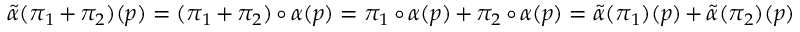
\tilde { \alpha } ( \pi _ { 1 } + \pi _ { 2 } ) ( p ) = ( \pi _ { 1 } + \pi _ { 2 } ) \circ \alpha ( p ) = \pi _ { 1 } \circ \alpha ( p ) + \pi _ { 2 } \circ \alpha ( p ) = \tilde { \alpha } ( \pi _ { 1 } ) ( p ) + \tilde { \alpha } ( \pi _ { 2 } ) ( p )